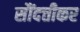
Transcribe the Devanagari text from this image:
सौंदत्तीकर